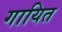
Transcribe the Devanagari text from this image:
गायित